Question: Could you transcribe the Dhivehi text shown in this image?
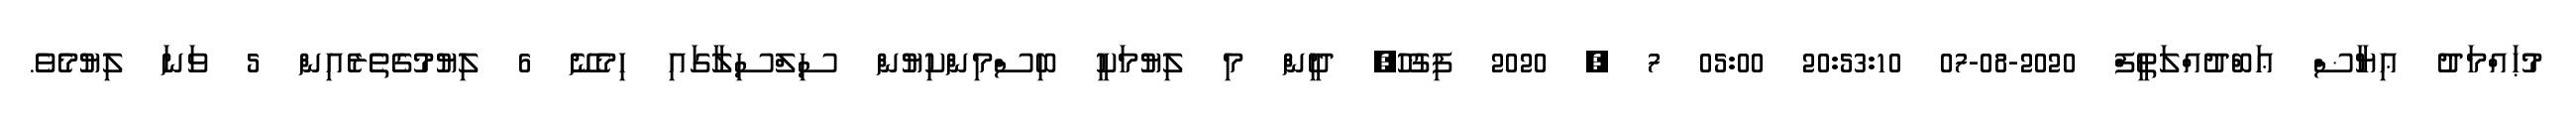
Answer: މުޙައްމަދު ޢިޔާޟް ޢަބްދުއްލަޠީފް 2020-08-07 20:53:10 05:00 7 , 2020 ފިޤުހު, ދީން މި ލިޔުމަކީ ބިސްމިންކިޔުން ސިލްސިލާގައި ހިމެނޭ 6 ލިޔުމުގެތެރެއިން 5 ވަނަ ލިޔުމެވެ.